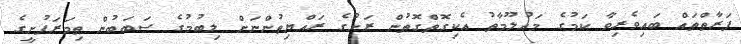
ފަރާތްތައް ބައިވެރިވާ ކަމުގެ މައުލޫމާތު އެކިގޮތްގޮތުން ރަށުގެ ރައްޔިތުންނަށް ލިބުމުގެ ސަބަބުން ތިމަރަފުށީގެ